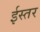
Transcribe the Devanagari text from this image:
ईस्तर